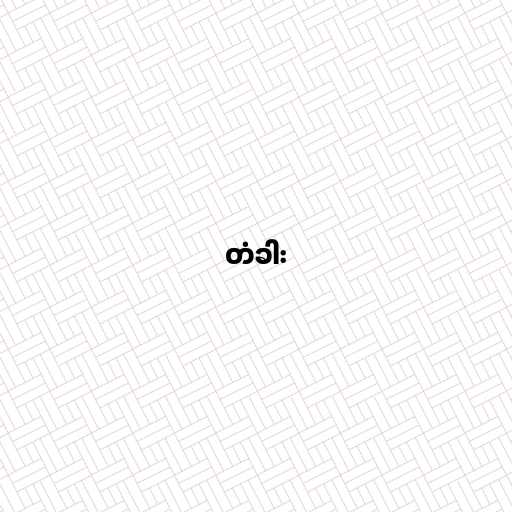
တံခါး